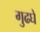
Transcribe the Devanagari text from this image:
गुढघे